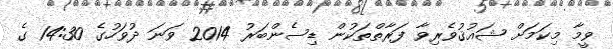
ވީމާ މިކަމަށް ޝައުޤުވެރިވާ ފަރާތްތަކުން ޑިސެންބަރު 2014 ވަނަ ދުވަހުގެ 14:30 ގެ